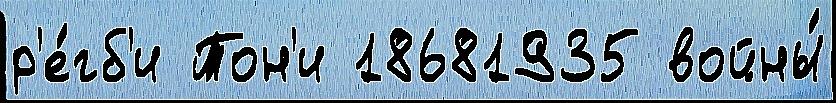
р'е́гб'и Тон'и 18681935 войны́